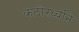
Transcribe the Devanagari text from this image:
कठोरध्वनि